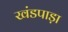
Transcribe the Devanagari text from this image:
खंडपाड़ा